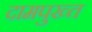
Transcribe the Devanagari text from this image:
दामपुख्त